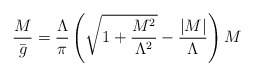
\begin{align*}{\frac{ M }{ {\bar g}}}={\frac {\Lambda}{\pi}} \left( {\sqrt{1 + {\frac{M^2}{ \Lambda^2}}}}-{\frac {\vert M \vert}{\Lambda}} \right) M\end{align*}